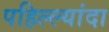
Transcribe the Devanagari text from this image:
पहिल्ल्यांदा